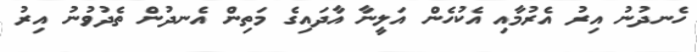
ހެނދުނު އިރު އެރުމާއި އެކުހެން އަލީނާ އާދައިގެ މަތިން އެނދުން ތެދުވުނު އިރު